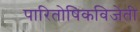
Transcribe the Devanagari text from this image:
पारितोषिकविजेती